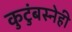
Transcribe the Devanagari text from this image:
कुटुंबस्नेही